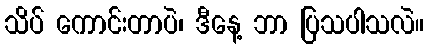
သိပ် ကောင်းတာပဲ၊ ဒီနေ့ ဘာ ပြသပါသလဲ။